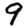
Digit: 9